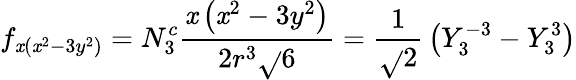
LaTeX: f_{\mathit{x}(\mathit{x}^{2}-3y^{2})}=N_{3}^{c}{\frac{{\mathit{x}\left(\mathit{x}^{2}-3y^{2}\right)}}{{2r^{3}{\sqrt{}{{6}}}}}}={\frac{{1}}{{\sqrt{}{{2}}}}}\left(Y_{3}^{-3}-Y_{3}^{3}\right)